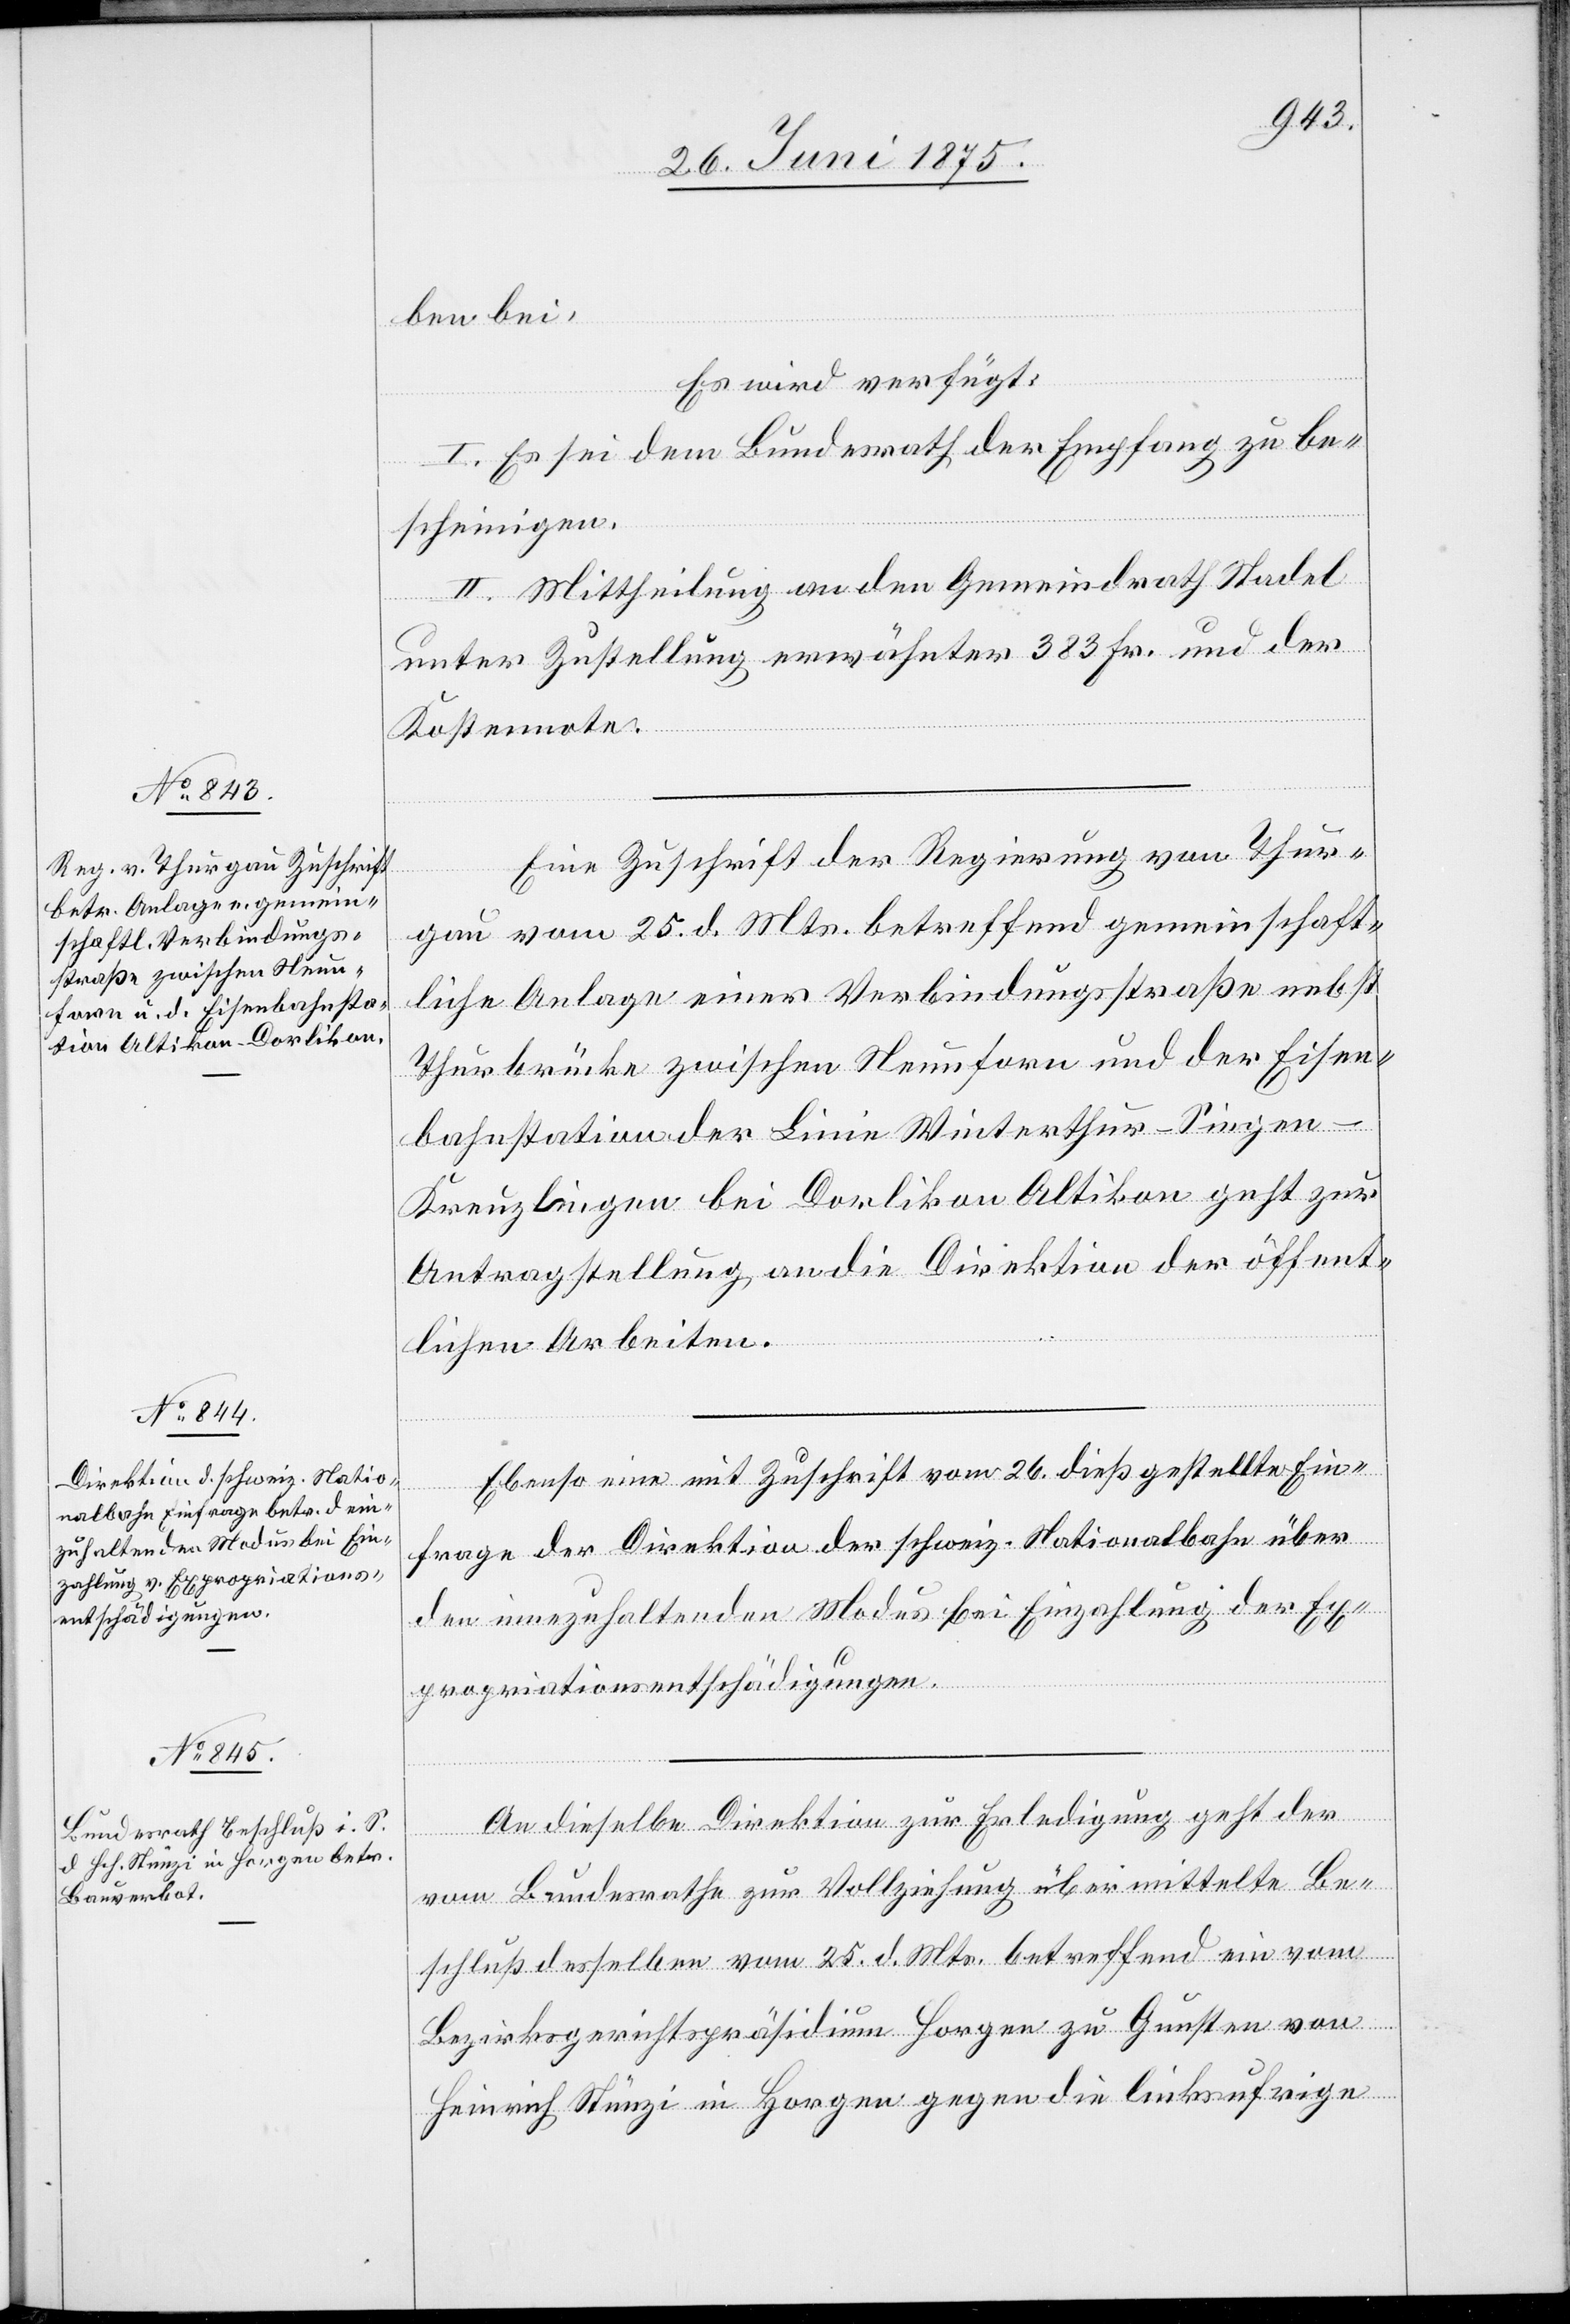
28. Juni 1875.]
ben bei.
Eine Zuschrift der Regierung von Thur¬
gau vom 25. d. Mts. betreffend gemeinschaft¬
liche Anlage einer Verbindungsstraße nebst
Thurbrücke zwischen Neunforn und der Eisen¬
bahnstation der Linie Winterthur–Singen–K¬
reuzlingen bei Dorlikon[-]Altikon geht zur
Antragstellung, an die Direktion der öffent¬
lichen Arbeiten.
Ebenso eine mit Zuschrift vom 26. dieß. gestellte Ein¬
frage der Direktion der schweiz. Nationalbahn über
den einzuhaltenden Modus bei Einzahlung der Ex¬
propriationsentschädigungen.
An dieselbe Direktion zur Erledigung geht der
vom Bundesrathe zur Vollziehung übermittelte Be¬
schluß desselben vom 25. d. Mts. betreffend ein vom
Bezirksgerichtspräsidium Horgen zu Gunsten von
Heinrich Stünzi in Horgen gegen die linksufrige